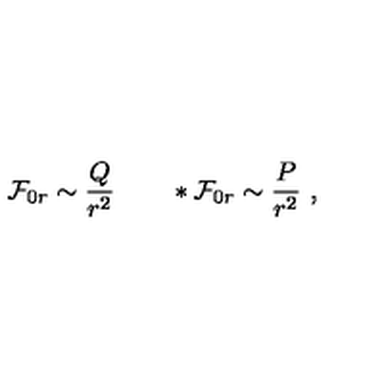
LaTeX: { \cal F } _ { 0 r } \sim { \frac { Q } { r ^ { 2 } } } \qquad * { \cal F } _ { 0 r } \sim { \frac { P } { r ^ { 2 } } } \ ,